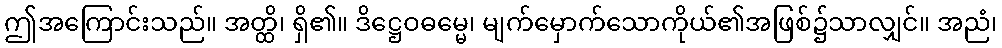
ဤအကြောင်းသည်။ အတ္ထိ၊ ရှိ၏။ ဒိဋ္ဌေဝဓမ္မေ၊ မျက်မှောက်သောကိုယ်၏အဖြစ်၌သာလျှင်။ အညံ၊